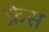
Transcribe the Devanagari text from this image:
फ्रेस